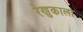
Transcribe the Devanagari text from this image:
रेणुकाला